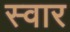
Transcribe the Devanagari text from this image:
स्‍वार